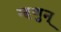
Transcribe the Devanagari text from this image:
म्हणुन्